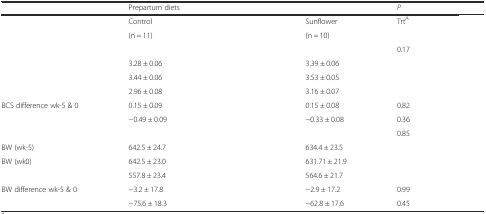
<table><thead><tr><td>[EMPTY_CELL]</td><td colspan="3"><b>Prepartum diets</b></td><td colspan="2"><b><i>P</i></b></td></tr></thead><tbody><tr><td>[EMPTY_CELL]</td><td>Control</td><td>[EMPTY_CELL]</td><td>Sunflower</td><td>Trt<sup>A</sup></td><td>[EMPTY_CELL]</td></tr><tr><td>[EMPTY_CELL]</td><td>(n = 11)</td><td>[EMPTY_CELL]</td><td>(n = 10)</td><td>[EMPTY_CELL]</td><td>[EMPTY_CELL]</td></tr><tr><td>[EMPTY_CELL]</td><td>[EMPTY_CELL]</td><td>[EMPTY_CELL]</td><td>[EMPTY_CELL]</td><td>0.17</td><td>[EMPTY_CELL]</td></tr><tr><td>[EMPTY_CELL]</td><td>3.28 ± 0.06</td><td>[EMPTY_CELL]</td><td>3.39 ± 0.06</td><td>[EMPTY_CELL]</td><td>[EMPTY_CELL]</td></tr><tr><td>[EMPTY_CELL]</td><td>3.44 ± 0.06</td><td>[EMPTY_CELL]</td><td>3.53 ± 0.05</td><td>[EMPTY_CELL]</td><td>[EMPTY_CELL]</td></tr><tr><td>[EMPTY_CELL]</td><td>2.96 ± 0.08</td><td>[EMPTY_CELL]</td><td>3.16 ± 0.07</td><td>[EMPTY_CELL]</td><td>[EMPTY_CELL]</td></tr><tr><td>BCS difference wk-5 &amp; 0</td><td>0.15 ± 0.09</td><td>[EMPTY_CELL]</td><td>0.15 ± 0.08</td><td>0.82</td><td>[EMPTY_CELL]</td></tr><tr><td>[EMPTY_CELL]</td><td>−0.49 ± 0.09</td><td>[EMPTY_CELL]</td><td>−0.33 ± 0.08</td><td>0.36</td><td>[EMPTY_CELL]</td></tr><tr><td>[EMPTY_CELL]</td><td>[EMPTY_CELL]</td><td>[EMPTY_CELL]</td><td>[EMPTY_CELL]</td><td>0.85</td><td>[EMPTY_CELL]</td></tr><tr><td>BW (wk-5)</td><td>642.5 ± 24.7</td><td>[EMPTY_CELL]</td><td>634.4 ± 23.5</td><td>[EMPTY_CELL]</td><td>[EMPTY_CELL]</td></tr><tr><td>BW (wk0)</td><td>642.5 ± 23.0</td><td>[EMPTY_CELL]</td><td>631.71 ± 21.9</td><td>[EMPTY_CELL]</td><td>[EMPTY_CELL]</td></tr><tr><td>[EMPTY_CELL]</td><td>557.8 ± 23.4</td><td>[EMPTY_CELL]</td><td>564.6 ± 21.7</td><td>[EMPTY_CELL]</td><td>[EMPTY_CELL]</td></tr><tr><td>BW difference wk-5 &amp; 0</td><td>−3.2 ± 17.8</td><td>[EMPTY_CELL]</td><td>−2.9 ± 17.2</td><td>0.99</td><td>[EMPTY_CELL]</td></tr><tr><td>[EMPTY_CELL]</td><td>−75.6 ± 18.3</td><td>[EMPTY_CELL]</td><td>−62.8 ± 17.6</td><td>0.45</td><td>[EMPTY_CELL]</td></tr></tbody></table>